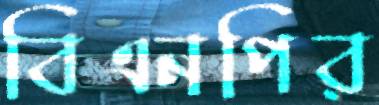
বিএনপির